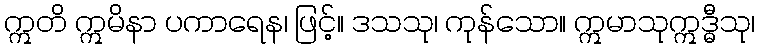
ဣတိ ဣမိနာ ပကာရေန၊ ဖြင့်။ ဒသသု၊ ကုန်သော။ ဣမာသုဣဒ္ဓီသု၊